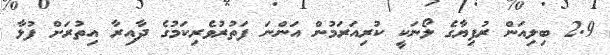
2.9 ބިލިއަން ރުފިޔާގެ ލޯނަކީ ކުރިއަރަމުން އަންނަ ފަތުރުވެރިކަމުގެ ދާއިރާ އިތުރަށް ފުޅާ